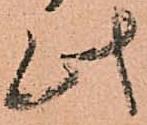
此